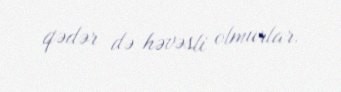
qədər də həvəsli olmurlar.